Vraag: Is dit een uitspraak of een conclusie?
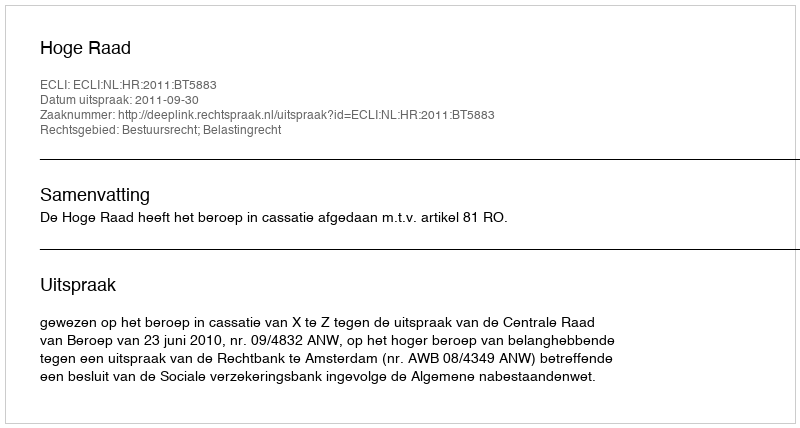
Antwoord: Uitspraak